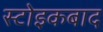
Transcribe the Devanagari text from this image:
स्टोइकबाद